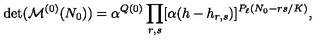
\det ( { \cal M } ^ { ( 0 ) } ( N _ { 0 } ) ) = \alpha ^ { Q ( 0 ) } \prod _ { r , s } [ \alpha ( h - h _ { r , s } ) ] ^ { P _ { \ell } ( N _ { 0 } - r s / K ) } { } ,